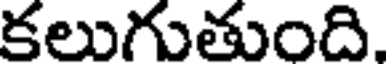
కలుగుతుంది.